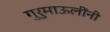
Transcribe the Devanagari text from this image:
गुरुमाऊलींनी